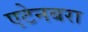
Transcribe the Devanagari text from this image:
एटेनबरा